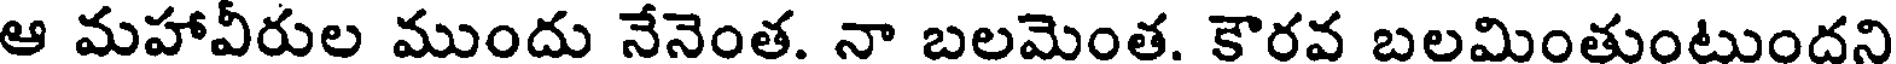
ఆ మహావీరుల ముందు నేనెంత. నా బలమెంత. కౌరవ బలమింతుంటుందని